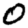
Digit: 0